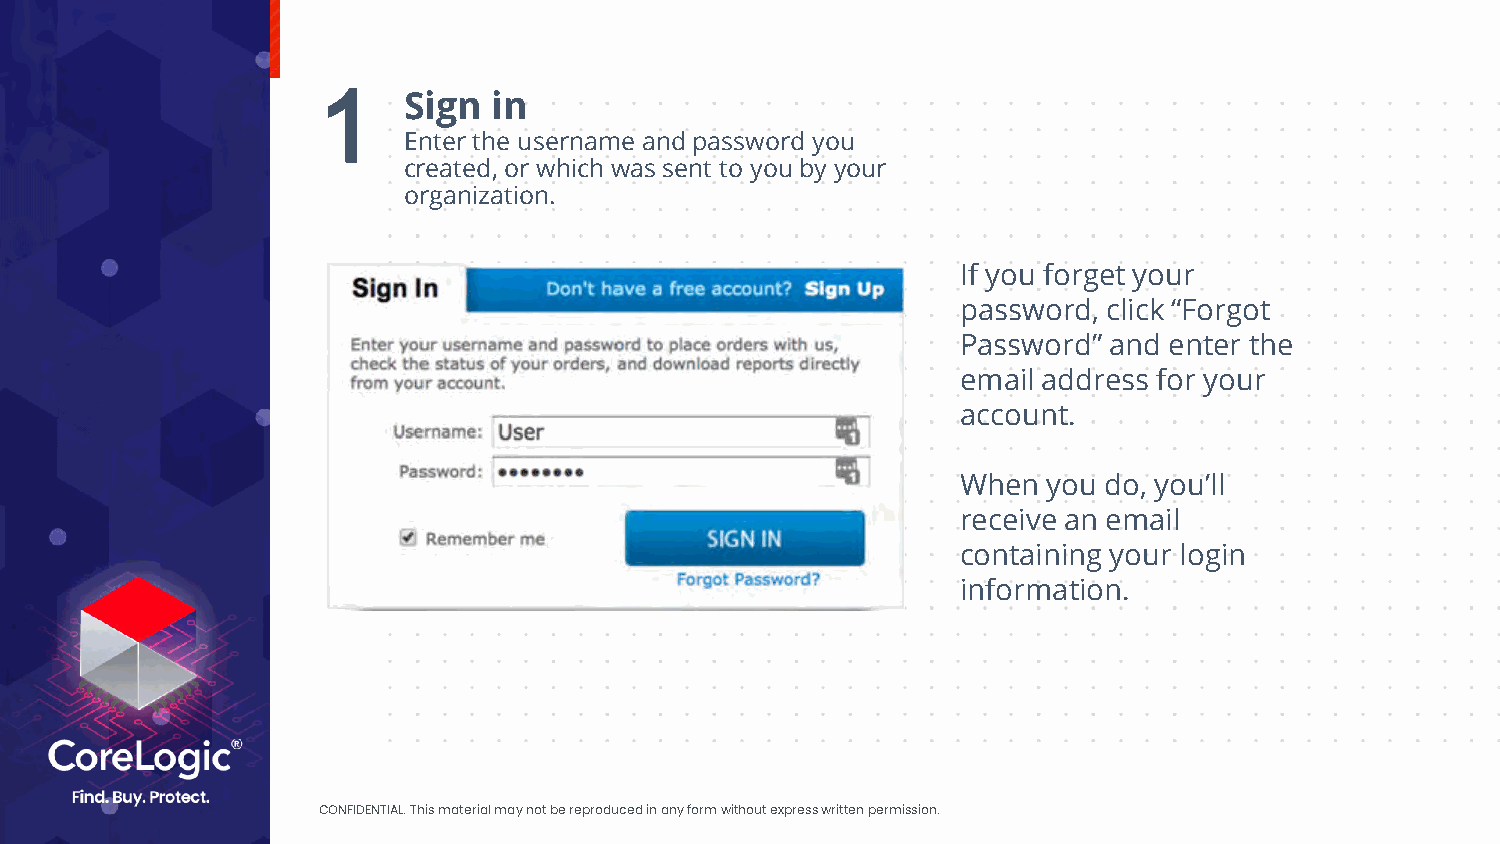
1     Sign  in
 Enter the username and password you
 created, or which was sent to you by your
 organization.
 If you forget your
 password, click “Forgot
 Password” and enter the
 email address for your
 account.
 When you do, you’ll
 receive an email
 containing your login
 information.
 CONFIDENTIAL. This material may not be reproduced in any form without express written permission.